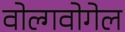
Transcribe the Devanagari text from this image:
वोल्गवोगेल